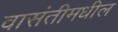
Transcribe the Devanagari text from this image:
वासंतीमधील